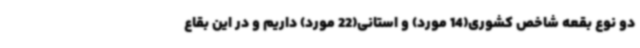
دو نوع بقعه شاخص کشوری(14 مورد) و استانی(22 مورد) داریم و در این بقاع